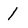
Character: 1